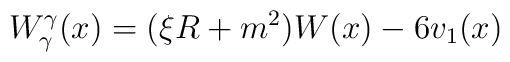
W^{\gamma}_{\gamma}(x)=( \xi R+m^2)W(x)-6v_{1}(x)